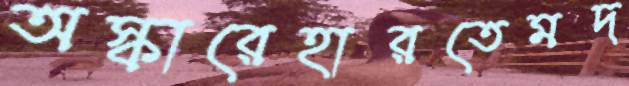
অস্কারেহারতেমদ